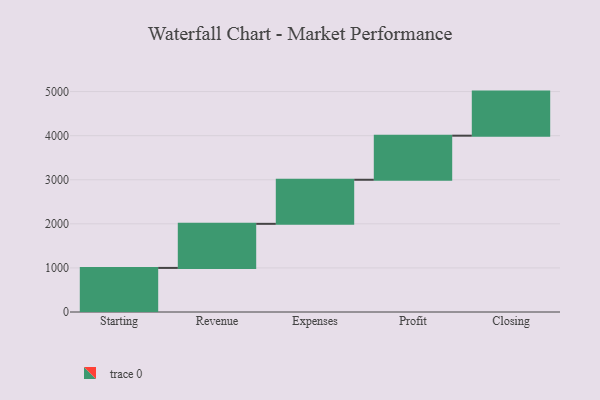
{"axis": {"x": "Step", "y": "Value"}, "legend": [""], "data": [{"x": "Starting", "y": 1000, "type": ""}, {"x": "Revenue", "y": 1000, "type": ""}, {"x": "Expenses", "y": 1000, "type": ""}, {"x": "Profit", "y": 1000, "type": ""}, {"x": "Closing", "y": 1000, "type": ""}]}